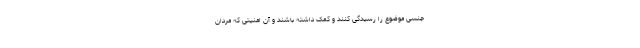
جنسی موضوع را رسیدگی کنند و کمک داشته باشند و آن امنیتی که مردان